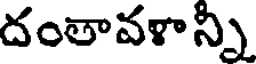
దంతావళాన్ని